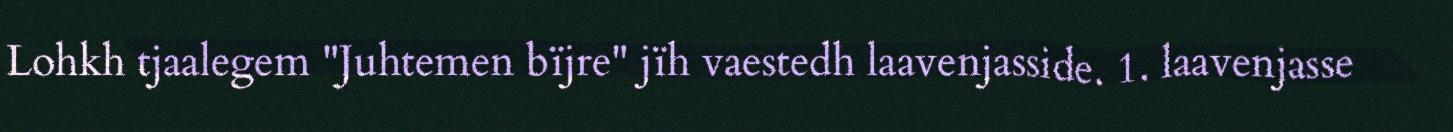
Lohkh tjaalegem "Juhtemen bïjre" jïh vaestedh laavenjasside. 1. laavenjasse